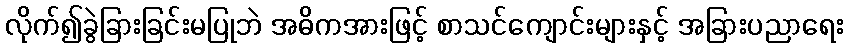
လိုက်၍ခွဲခြားခြင်းမပြုဘဲ အဓိကအားဖြင့် စာသင်ကျောင်းများနှင့် အခြားပညာရေး